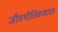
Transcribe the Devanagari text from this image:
जीवभौतिकशास्त्र